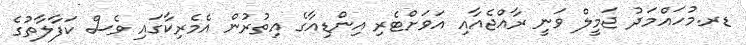
ޑރ.މުހައްމަދު ޖަމީލް ވަނީ ރާއްޖެއާއި އަވަށްޓެރި އިންޑިއާގެ އިތުރުން އެމެރިކާގައި ވެސް ކަފާލާތުގެ